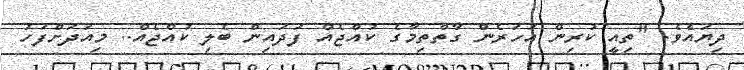
ދިޔައެވެ. "ތިއީ ކުރިން އަހަރެން ގާތްތިމާގެ ކުއްޖެއް ފަދައިން ބެލި ކުއްޖެއް.. މިއަދަށްފަހު